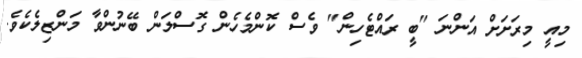
މިއީ މިރަށަށް އަންނަ "ބީ ރައްޓެހިން" ވެސް ކޮންމެހެން ގޮސްލަން ބޭނުންވާ މަންޒިލެކެވެ.